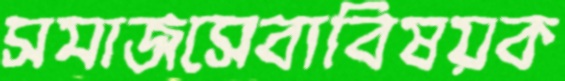
সমাজসেবাবিষয়ক